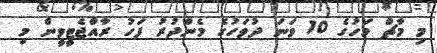
މި މާޗް މަހުގެ 10 ވަނަ ދުވަހުގެ މެންދުރު ފަހު ރާއްޖެޓީވީން މި